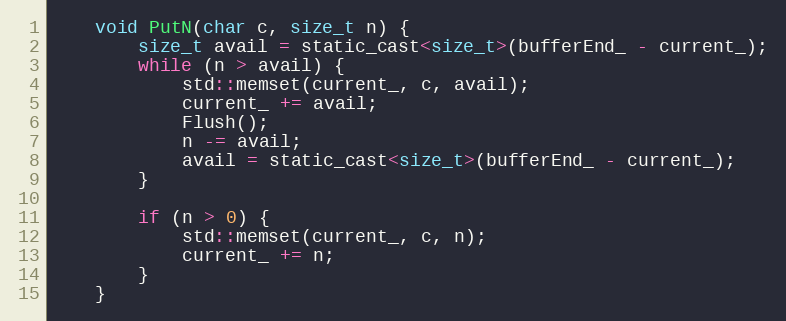
Language: C
    void PutN(char c, size_t n) {
        size_t avail = static_cast<size_t>(bufferEnd_ - current_);
        while (n > avail) {
            std::memset(current_, c, avail);
            current_ += avail;
            Flush();
            n -= avail;
            avail = static_cast<size_t>(bufferEnd_ - current_);
        }

        if (n > 0) {
            std::memset(current_, c, n);
            current_ += n;
        }
    }